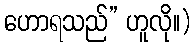
ဟောရသည်” ဟူလို။)